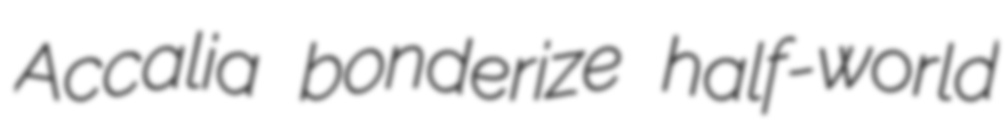
Accalia bonderize half-world